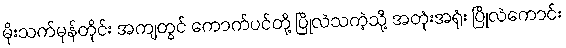
မိုးသက်မုန်တိုင်း အကျတွင် ကောက်ပင်တို့ ပြိုလဲသကဲ့သို့ အတုံးအရုံး ပြိုလဲကောင်း